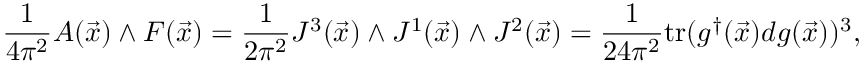
\frac { 1 } { 4 \pi ^ { 2 } } A ( \vec { x } ) \wedge F ( \vec { x } ) = \frac { 1 } { 2 \pi ^ { 2 } } J ^ { 3 } ( \vec { x } ) \wedge J ^ { 1 } ( \vec { x } ) \wedge J ^ { 2 } ( \vec { x } ) = \frac { 1 } { 2 4 \pi ^ { 2 } } \mathrm { t r } ( g ^ { \dagger } ( \vec { x } ) d g ( \vec { x } ) ) ^ { 3 } ,